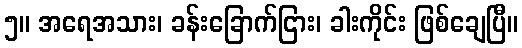
၅။ အရေအသား၊ ခန်းခြောက်ငြား၊ ခါးကိုင်း ဖြစ်ချေပြီ။